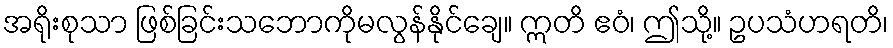
အရိုးစုသာ ဖြစ်ခြင်းသဘောကိုမလွန်နိုင်ချေ။ ဣတိ ဧဝံ၊ ဤသို့။ ဥပသံဟရတိ၊